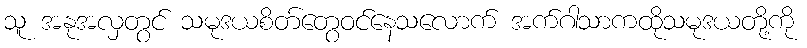
သူ အနုအလှတွင် သမုဒယစိတ်တွေဝင်နေသလောက် အက်ဂါသာကထိုသမုဒယတို့ကို